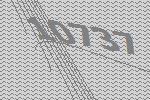
10737